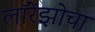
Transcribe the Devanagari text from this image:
लॉरेंझोचा